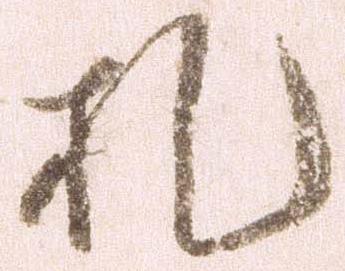
札